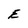
Character: E